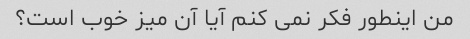
من اینطور فکر نمی کنم آیا آن میز خوب است؟